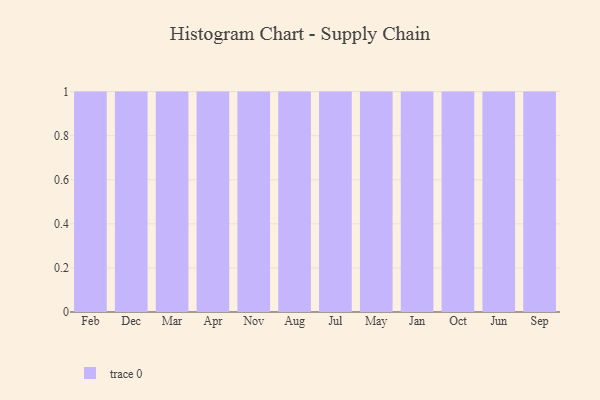
{"axis": {"x": "Month", "y": "Active Users"}, "legend": [""], "data": [{"x": "Feb", "y": 40, "type": ""}, {"x": "Dec", "y": 85, "type": ""}, {"x": "Mar", "y": 93, "type": ""}, {"x": "Apr", "y": 55, "type": ""}, {"x": "Nov", "y": 72, "type": ""}, {"x": "Aug", "y": 54, "type": ""}, {"x": "Jul", "y": 11, "type": ""}, {"x": "May", "y": 22, "type": ""}, {"x": "Jan", "y": 16, "type": ""}, {"x": "Oct", "y": 87, "type": ""}, {"x": "Jun", "y": 11, "type": ""}, {"x": "Sep", "y": 64, "type": ""}]}